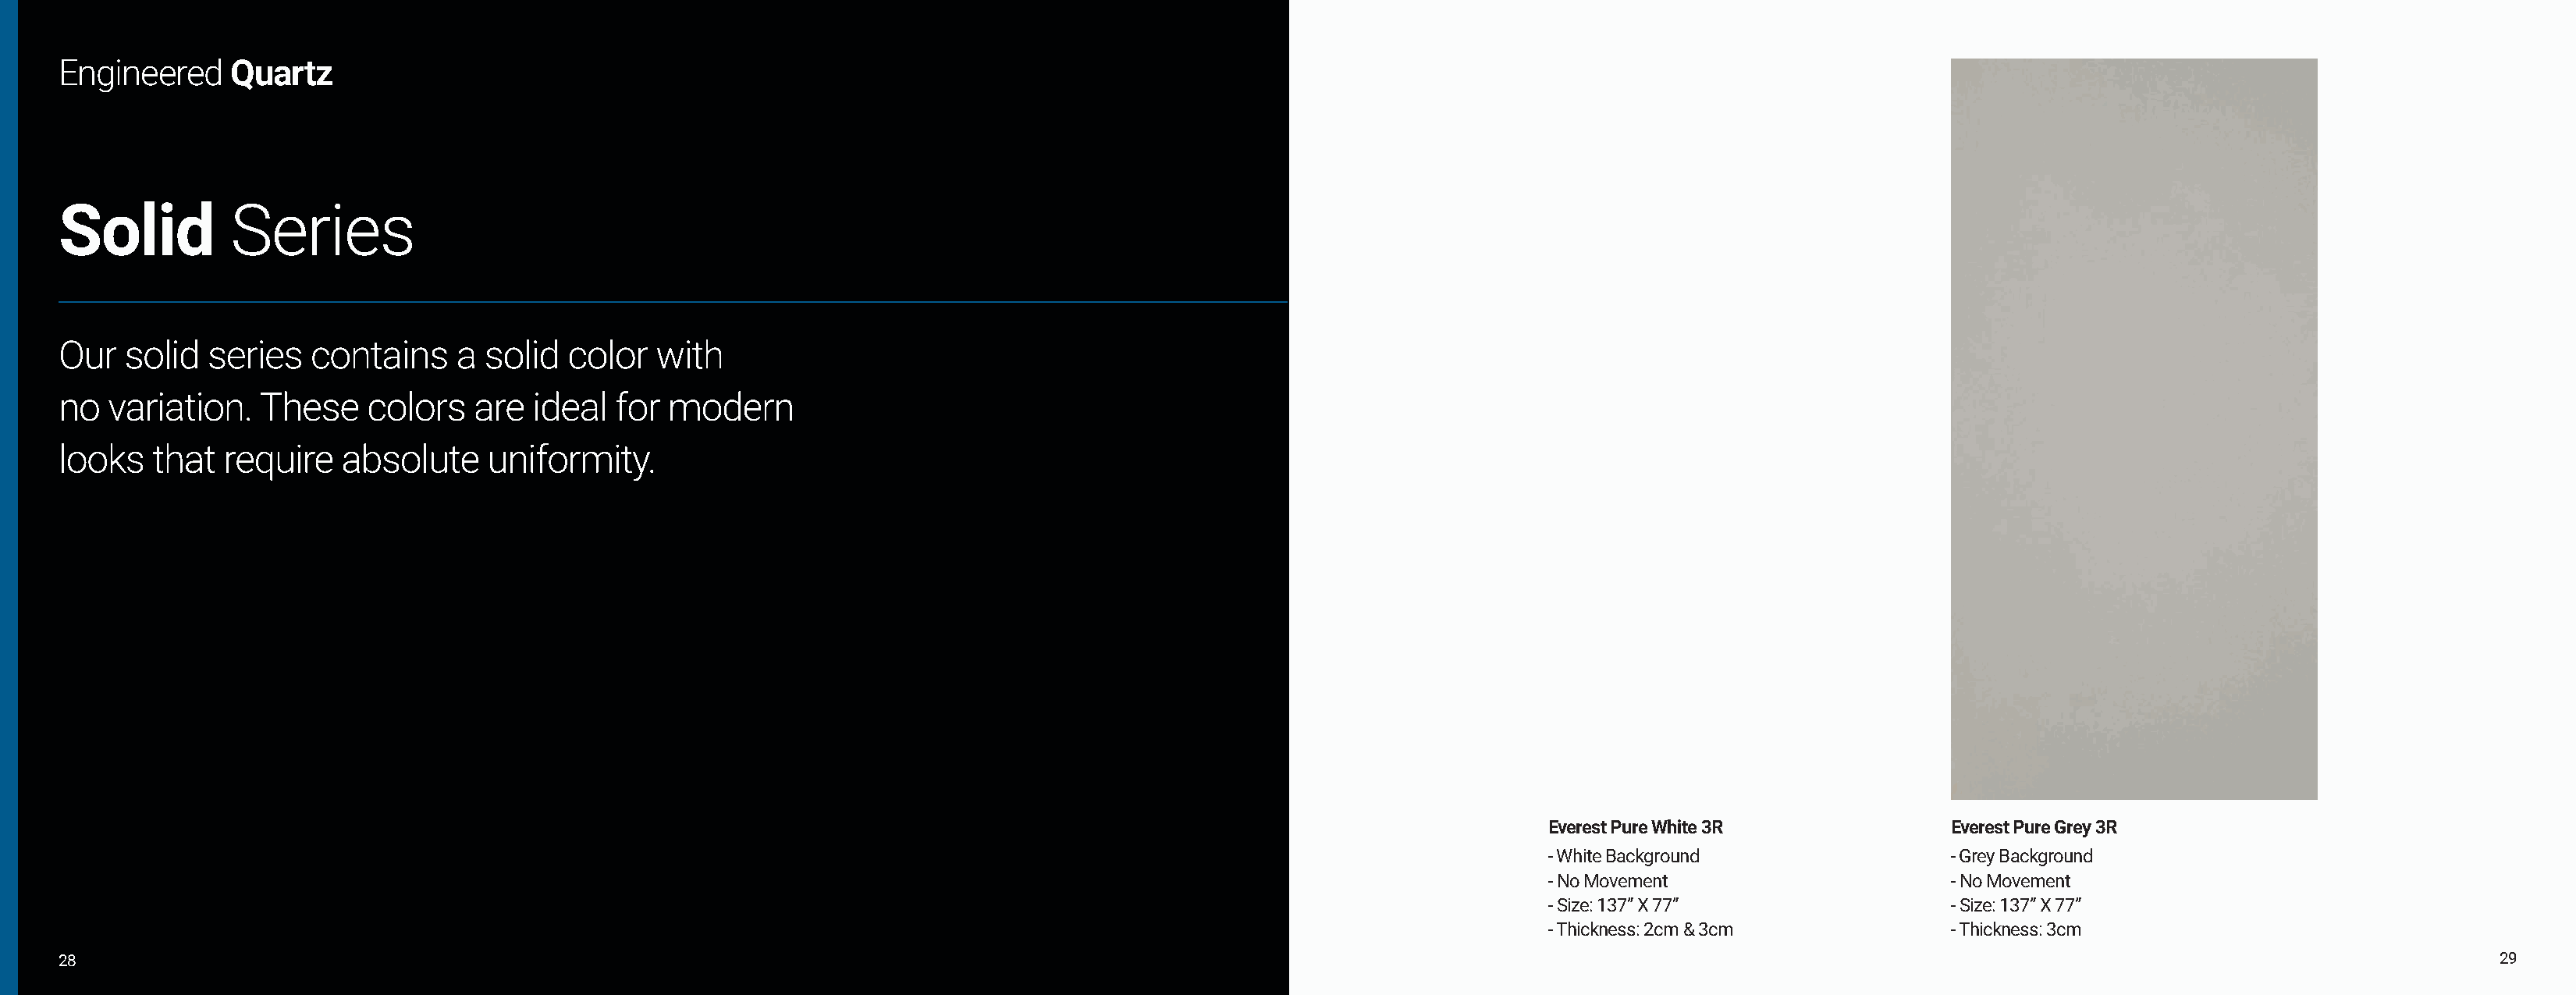
Engineered     Quartz
 Solid          Series
 Our   solid  series  contains     a solid  color   with
 no  variation.   These    colors   are  ideal  for  modern
 looks   that  require   absolute    uniformity.
 Everest Pure White 3R             Everest Pure Grey 3R
 - White Background                - Grey Background
 - No Movement                     - No Movement
 - Size: 137” X 77”                - Size: 137” X 77”
 - Thickness: 2cm & 3cm            - Thickness: 3cm
 28                                                                                                                                                                                                             29